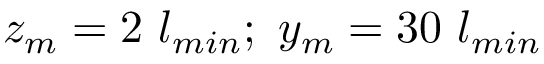
z _ { m } = 2 ~ l _ { m i n } ; ~ y _ { m } = 3 0 ~ l _ { m i n }